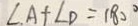
\angle A + \angle D = 1 8 0 ^ { \circ }